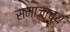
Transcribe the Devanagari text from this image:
समाजाच्य